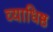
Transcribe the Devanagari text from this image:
व्याधिष्ठ